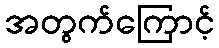
အတွက်ကြောင့်